Insane asylums in Bengal annual reports 1867-1875 - 1867-1875
Year: 1867
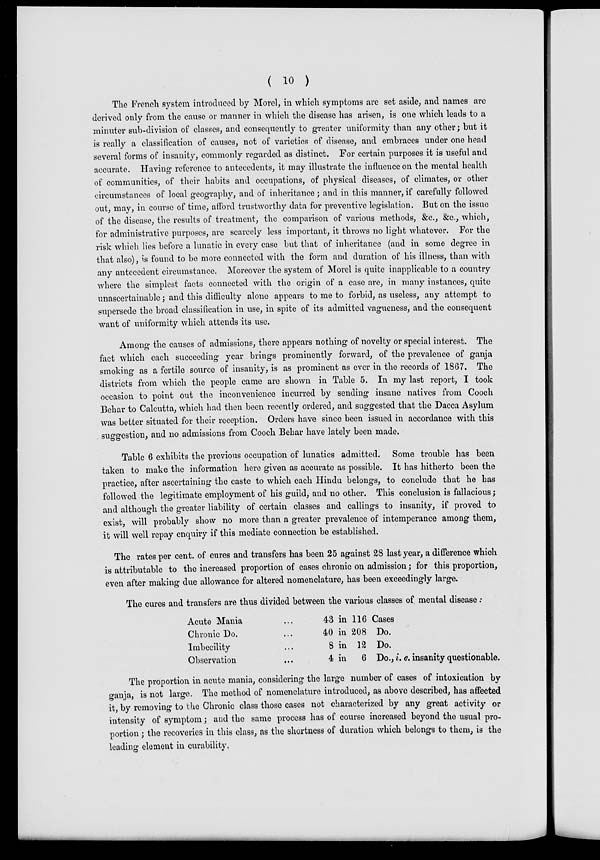
( 10 )
The French system introduced by Morel, in which symptoms are set aside, and names are
derived only from the cause or manner in which the disease has arisen, is one which leads to a
minuter sub-division of classes, and consequently to greater uniformity than any other; but it
is really a classification of causes, not of varieties of disease, and embraces under one head
several forms of insanity, commonly regarded as distinct. For certain purposes it is useful and
accurate. Having reference to antecedents, it may illustrate the influence on the mental health
of communities, of their habits and occupations, of physical diseases, of climates, or other
circumstances of local geography, and of inheritance; and in this manner, if carefully followed
out, may, in course of time, afford trustworthy data for preventive legislation. But on the issue
of the disease, the results of treatment, the comparison of various methods, &c., &c., which,
for administrative purposes, are scarcely less important, it throws no light whatever. For the
risk which lies before a lunatic in every case but that of inheritance (and in some degree in
that also), is found to be more connected with the form and duration of his illness, than with
any antecedent circumstance. Moreover the system of Morel is quite inapplicable to a country
where the simplest facts connected with the origin of a case are, in many instances, quite
unascertainable; and this difficulty alone appears to me to forbid, as useless, any attempt to
supersede the broad classification in use, in spite of its admitted vagueness, and the consequent
want of uniformity which attends its use.
Among the causes of admissions, there appears nothing of novelty or special interest. The
fact which each succeeding year brings prominently forward, of the prevalence of ganja
smoking as a fertile source of insanity, is as prominent as ever in the records of 1867. The
districts from which the people came are shown in Table 5. In my last report, I took
occasion to point out the inconvenience incurred by sending insane natives from Cooch
Behar to Calcutta, which had then been recently ordered, and suggested that the Dacca Asylum
was better situated for their reception. Orders have since been issued in accordance with this
suggestion, and no admissions from Cooch Behar have lately been made.
Table 6 exhibits the previous occupation of lunatics admitted. Some trouble has been
taken to make the information here given as accurate as possible. It has hitherto been the
practice, after ascertaining the caste to which each Hindu belongs, to conclude that he has
followed the legitimate employment of his guild, and no other. This conclusion is fallacious;
and although the greater liability of certain classes and callings to insanity, if proved to
exist, will probably show no more than a greater prevalence of intemperance among them,
it will well repay enquiry if this mediate connection be established.
The rates per cent. of cures and transfers has been 25 against 28 last year, a difference which
is attributable to the increased proportion of cases chronic on admission; for this proportion,
even after making due allowance for altered nomenclature, has been exceedingly large.
The cures and transfers are thus divided between the various classes of mental disease:
Acute Mania ...
Chronic Do. ...
Imbecility ...
Observation ...
43 in 116 Cases
40 in 208 Do.
8 in 12 Do.
4 in
6 Do., i. e. insanity questionable.
The proportion in acute mania, considering the large number of cases of intoxication by
ganja, is not large. The method of nomenclature introduced, as above described, has affected
it, by removing to the Chronic class those cases not characterized by any great activity or
intensity of symptom; and the same process has of course increased beyond the usual pro-
portion ; the recoveries in this class, as the shortness of duration which belongs to them, is the
leading element in curability.